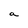
Character: a